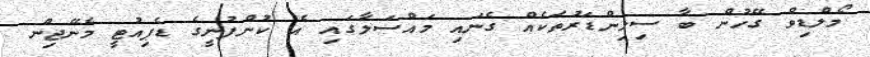
މޯލްޑިވް ގޭހުން ބާ ސިލިންޑަރުތަކެއް ގެނައި މައްސަލާގައި އެ ކުންފުނީގެ ޑެޕިއުޓީ މެނޭޖިން